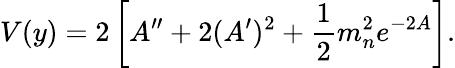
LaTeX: V(y)=2\left[A^{\prime\prime}+2(A^{\prime})^{2}+{\frac{1}{2}}m_{n}^{2}e^{-2A}\right].